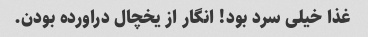
غذا خیلى سرد بود! انگار از یخچال دراورده بودن.